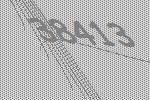
38413